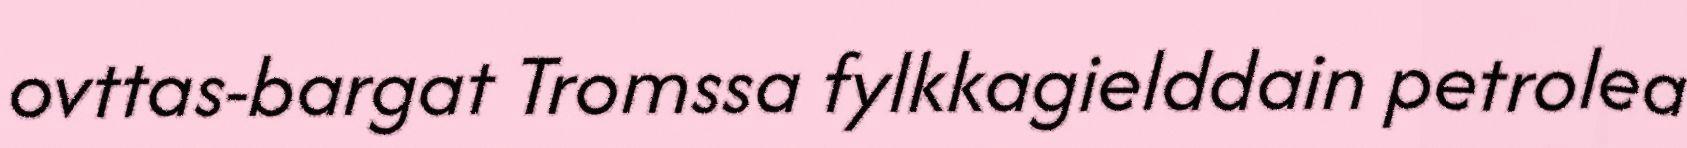
ovttas-bargat Tromssa fylkkagielddain petrolea